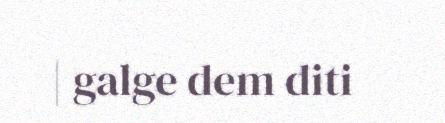
| galge dem diti